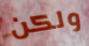
ولكن